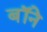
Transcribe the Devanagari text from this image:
बॉने